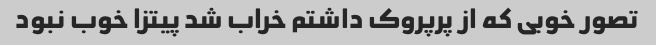
تصور خوبی که از پرپروک داشتم خراب شد پیتزا خوب نبود